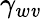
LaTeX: \gamma_{w\mathit{v}}